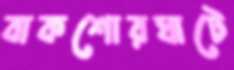
বাকশোরঘাটে